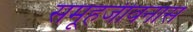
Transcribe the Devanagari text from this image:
समूहजीवनास